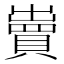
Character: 𧷓